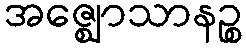
အဇ္ဈောသာနဉ္စ